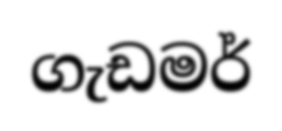
ගැඩමර්